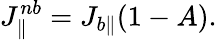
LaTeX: J_{\| }^{nb}=J_{b\| }(1-A).